Calcutta medical institutions reports 1892-1900
Year: 1892
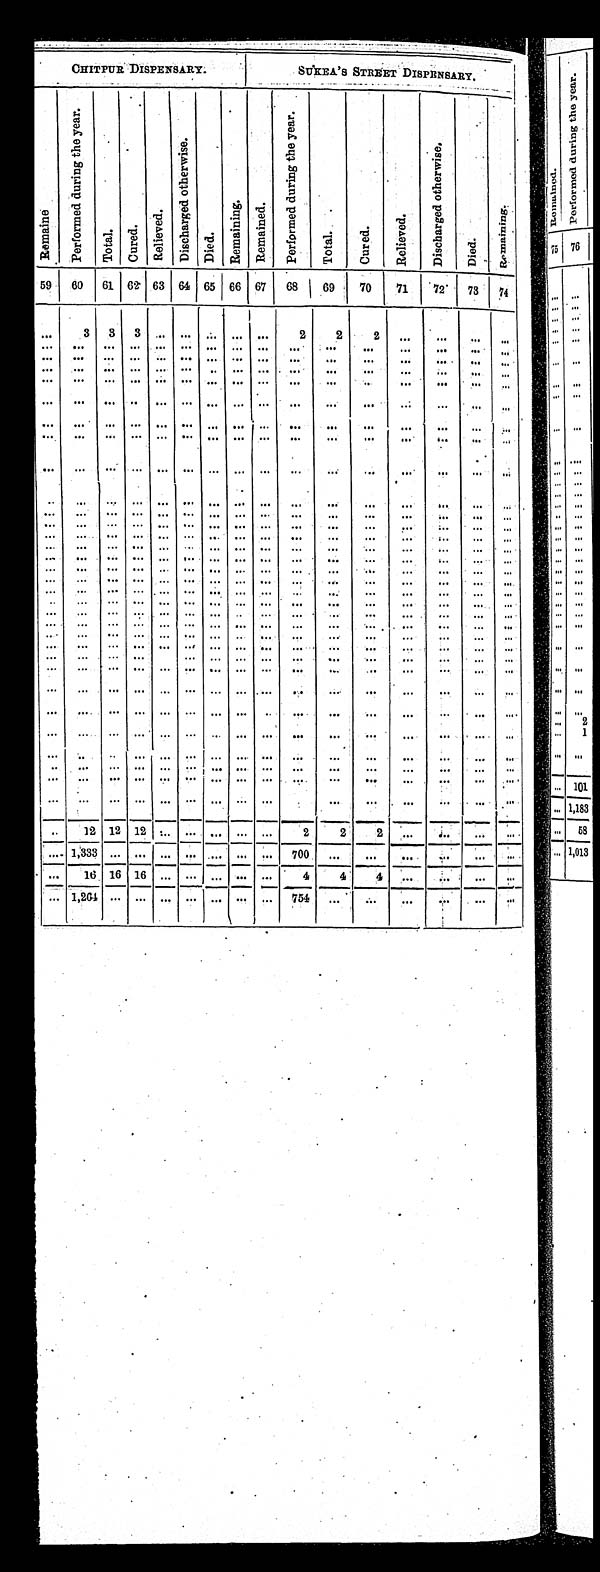
CHITPUR DISPENSARY.
SUKEA'S STREET DIS PENSARY.
Remai ne
P e r f o r m e d d u r i n g t h e y e a r .
T o t a l .
C u r e d .
R e l i e v e d .
D i s c h a r g e o t h e r w i s e .
D i e d .
Re ma i ni ng.
R e m a i n e d .
P e r f o r m e d d u r i n g t h e y e a r .
T o t a l .
C u r e d .
R e l i e v e d .
D i s c h a r g e o t h e r w i s e .
D i e d .
R e m a i n i n g .
59 60 61 62 63 64 65 66 67 68 69 70 71 72 73 74
. . .
3 3
3 . . . . . . . . .
. . . . . .
2
2
2
. . .
. . .
. . .
. . .
. . .
. . .
. . .
. . . . . . . . . . . .
. . . . . .
. . .
. . .
. . .
. . .
. . .
. . .
. . .
. . .. . . . . . . . . . . . . . . . . .
. . . . . .
. . .
. . .
. . .
. . .
. . .
. . .
. . .
. . .. . . . . . . . . . . . . . . . . .
. . . . . .
. . .
. . .
. . .
. . .
. . .
. . .
. . .
. . .. . . . . . . . . . . . . . . . . .
. . . . . .
. . .
. . .
. . .
. . .
. . .
. . .
. . .
. . .. . . . . . . . . . . . . . . . . .
. . . . . .
. . .
. . .
. . .
. . .
. . .
. . .
. . .
. . .. . . . . . . . . . . . . . . . . .
. . . . . .
. . .
. . .
. . .
. . .
. . .
. . .
. . .
. . .. . . . . . . . . . . . . . . . . .
. . . . . .
. . .
. . .
. . .
. . .
. . .
. . .
. . .
. . .. . . . . . . . . . . . . . .
. . .. . . . . .
. . .
. . .
. . .
. . .
. . .
. . .
. . .
. . . . . .
. . .
. . . . . . . . .
. . .. . . . . .
. . .
. . .
. . .
. . .
. . .
. . .
. . .
. . .. . .
. . .
. . . . . . . . . . . .
. . . . . .
. . .
. . .
. . .
. . .
. . .
. . .
. . .
. . .. . .
. . .
. . . . . . . . . . . .
. . . . . .
. . .
. . .
. . .
. . .
. . .
. . .
. . .. . .
. . .
. . . . . . . . . . . .
. . . . . .
. . .
. . .
. . .
. . .
. . .
. . .
. . .
. . .
. . .
. . . . . . . . . . . . . . . . . . . . . . . .
. . .
. . .
. . .
. . .
. . . . . .
. . . . . . . . .
. . . . . . . . . . . .
. . . . . . . . . . . .
. . .
. . .
. . .
. . .
. . .
. . . . . . . . .
. . . . . . . . . . . .
. . . . . . . . . . . .
. . .
. . .
. . .
. . .
. . .
. . . . . . . . .
. . . . . . . . . . . .
. . . . . . . . . . . .
. . .
. . .
. . .
. . .
. . .
. . .
. . .
. . .
. . .
. . .
. . .
. . .
. . .
. . .
. . .
. . .
. . .
. . .
. . .
. . .
. . .
. . . . . . . . . . . .
. . .
. . .
. . .
. . .
. . .
. . .
. . .
. . .
. . .
. . .
. . .
. . .
. . . . . . . . .
. . . . . . . . . . . .
. . . . . . . . . . . .
. . .
. . .
. . .
. . .
. . .
. . . . . . . . .
. . . . . . . . . . . .
. . . . . . . . . . . .
. . .
. . .
. . .
. . .
. . .
. . .
. . .
. . .
. . .
. . .
. . .
. . .
. . .
. . .
. . .
. . .
. . .
. . .
. . .
. . .
. . .
. . .
. . . . . .
. . . . . . . . . . . .
. . . . . . . . . . . .
. . .
. . .
. . .
. . .
. . .
. . .
. . . . . .
. . .
. . . . . . . . .
. . .
. . . . . .
. . .
. . .
. . .
. . .
. . .
. . .
. . .
. . . . . .
. . . . . . . . . . . .
. . . . . . . . . . . .
. . .
. . .
. . .
. . .
. . .
. . .
. . . . . .
. . . . . . . . . . . .
. . . . . . . . . . . .
. . .
. . .
. . .
. . .
. . .
. . .
. . . . . .
. . . . . . . . . . . .
. . . . . . . . . . . .
. . .
. . .
. . .
. . .
. . .
. . .
. . .
. . .
. . . . . . . . . . . .
. . . . . . . . . . . .
. . .
. . .
. . .
. . .
. . .
. . .
. . .
. . .
. . . . . . . . . . . . . . .
. . .
. . .
. . .
. . .
. . .
. . .
. . .
. . .
. . .
. . .
. . .
. . .
. . .
. . .
. . .
. . .
. . .
. . .
. . .
. . .
. . .
. . .
. . .
. . .
. . . . . . . . .
. . . . . . . . . . . .
. . . . . . . . . . . .
. . .
. . .
. . .
. . .
. . .
. . .
. . .
. . .
. . .
. . .
. . .
. . .
. . .
. . .
. . .
. . .
. . .
. . .
. . .
. . .
. . .
1 2 1 2
12
. . .
. . .
. . .
. . .
. . .
2
2
2
. . . . . .
. . .
. . .
. . .
1 , 3 3 3 . . .
. . . . . . . . . . . .
. . . . . .
7 0 0
. . .
. . .
. . . . . .
. . .
. . .
. . .
1 6 1 6 16 . . . . . . . . .
. . . . . .
4 4
4
. . . . . .
. . .
. . .
. . .1,264 . . .
. . .
. . . . . .
. . .
. . .
. . .
7 5 4
. . .
. . .
. . . . . .
. . .
. . .